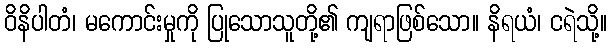
ဝိနိပါတံ၊ မကောင်းမှုကို ပြုသောသူတို့၏ ကျရာဖြစ်သော။ နိရယံ၊ ငရဲသို့။